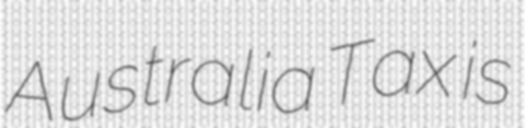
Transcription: Australia Tax is